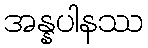
အန္နပါနဿ